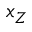
x _ { Z }